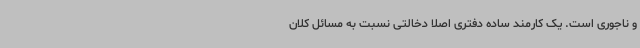
و ناجوری است. یک کارمند ساده دفتری اصلا دخالتی نسبت به مسائل کلان